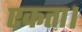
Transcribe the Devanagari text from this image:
एकता।